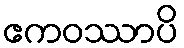
ဧကဝဿာပိ